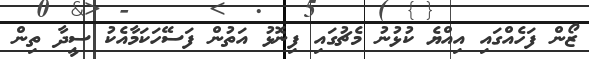
ޒޯން ފަހެއްގައި އިއްޔެ ކުޅުނު މެޗުގައި ފިނޮޅު އަތުން ފަސޭހަކަމާއެކު ސީދާ ތިން